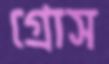
গ্রোস